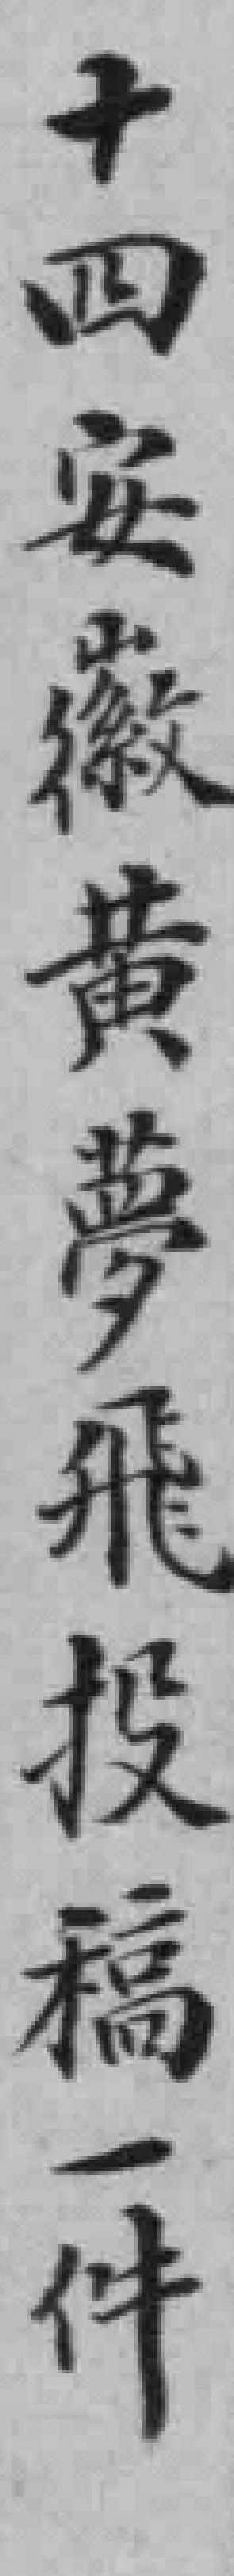
十四安徽黄夢飛投稿一件